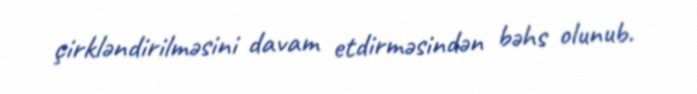
çirkləndirilməsini davam etdirməsindən bəhs olunub.